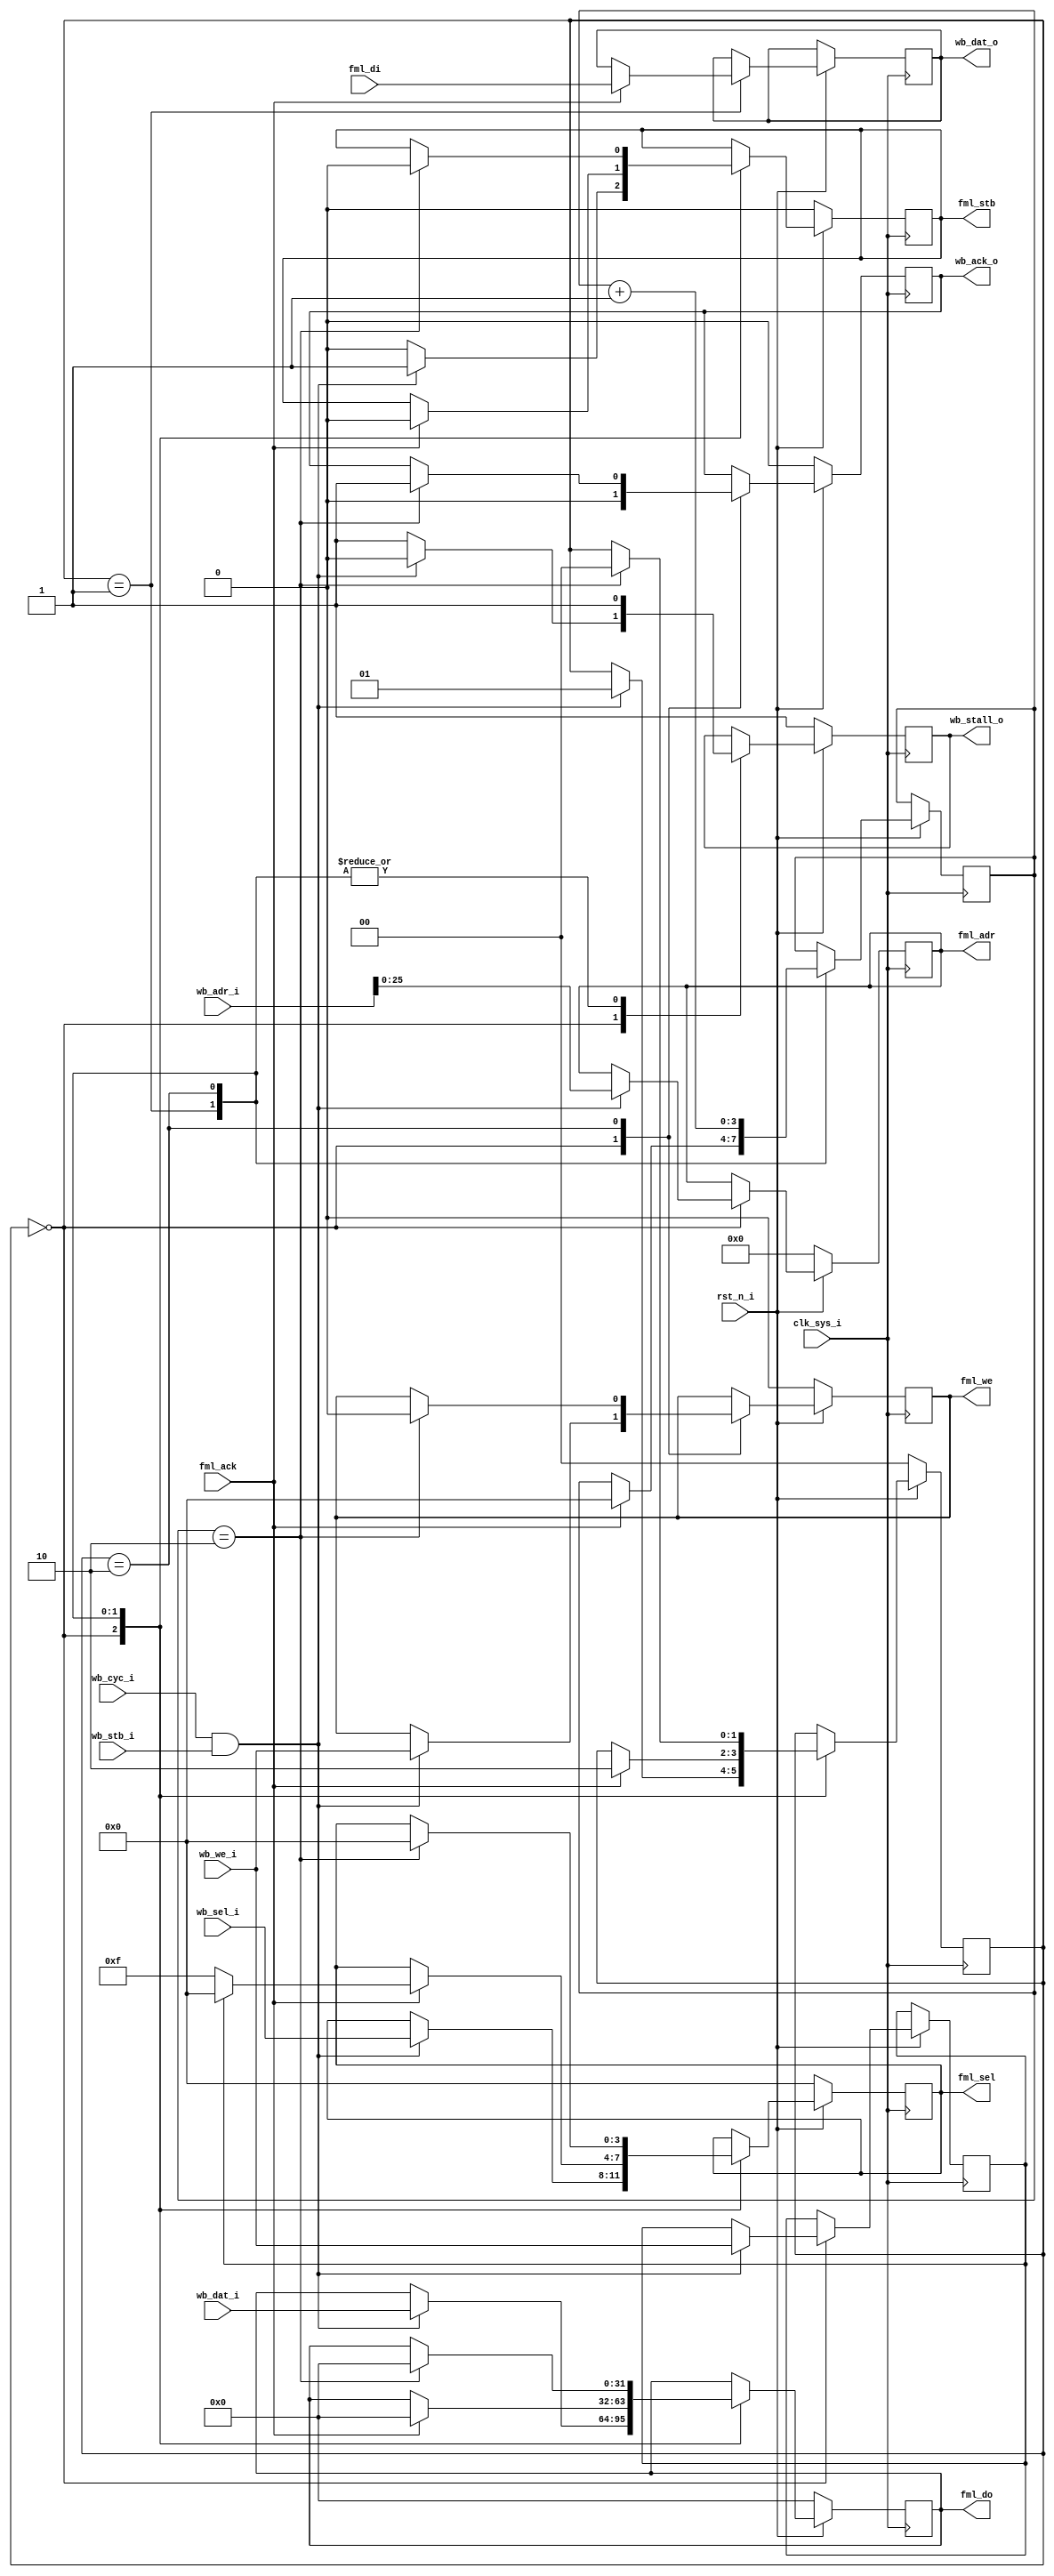
/* 
 * DSI Shield
 * Copyright (C) 2013-2014 twl <twlostow@printf.cc>
 *
 * This program is free software: you can redistribute it and/or modify
 * it under the terms of the GNU General Public License as published by
 * the Free Software Foundation, either version 3 of the License, or 
 * (at your option) any later version.

 * This program is distributed in the hope that it will be useful,
 * but WITHOUT ANY WARRANTY; without even the implied warranty of
 * MERCHANTABILITY or FITNESS FOR A PARTICULAR PURPOSE.  See the
 * GNU General Public License for more details.

 * You should have received a copy of the GNU General Public License
 * along with this program.  If not, see <http://www.gnu.org/licenses/>.
 */

/* fml_wb_bridge.v - FML to Wishbone B.4 bridge (very slow and crappy one) */

`timescale 1ns/1ps

  module fml_wb_bridge 
    #(
    parameter sdram_depth = 26
)
(
 input                        clk_sys_i,
 input                        rst_n_i,
 
 output reg [sdram_depth-1:0] fml_adr,
 output reg                   fml_stb,
 output reg                   fml_we,
 input                        fml_ack,
 output reg [3:0]             fml_sel,
 output reg [31:0]            fml_do,
 input [31:0]                 fml_di,

 input [31:0]                 wb_adr_i,
 input [31:0]                 wb_dat_i,
 input [3:0]                  wb_sel_i,
 input                        wb_cyc_i,
 input                        wb_stb_i,
 input                        wb_we_i,
 output reg                   wb_ack_o,
 output reg                   wb_stall_o,
 output reg [31:0]            wb_dat_o );


   reg                    wb_we_r;
   reg                    wb_ack;
   reg                    is_write;
   reg [1:0]              state;
   
`define ST_IDLE 0
`define ST_REQ 1
`define ST_WAIT 2
   
   reg [3:0]              cnt;
   
   always@(posedge clk_sys_i)
     if(!rst_n_i)
       begin
          wb_stall_o <= 1;
          wb_ack_o <= 0;
          fml_adr <= 0;
          fml_stb <= 0;
          fml_we  <= 0;
          fml_sel <= 0;
          fml_do <= 0;
          state <= `ST_IDLE;
          
          
       end else begin // if (!rst_n_i)
          case(state)
            `ST_IDLE: if(wb_cyc_i && wb_stb_i) begin
               wb_stall_o <= 0;
               wb_ack_o <= 0;
               fml_stb <= 1;
               fml_adr <= wb_adr_i;
               fml_sel <= wb_sel_i;
               fml_we <= wb_we_i;
               is_write <= wb_we_i;
               fml_do <= wb_dat_i;
               state <= `ST_REQ;
               wb_stall_o <= 0;
            end else begin
               wb_stall_o <= 1;
               wb_ack_o <= 0;
               fml_stb <= 0;
            end // else: !if(wb_cyc_i && wb_stb_i)
            
            `ST_REQ:
              begin
                 wb_stall_o <= 1;
                 
               if(fml_ack) 
                 begin
		    fml_do <= 0;
                    fml_sel <= is_write ? 0 : 4'hf;
                    fml_stb <= 0;
                    wb_dat_o <= fml_di;
                    state <= `ST_WAIT;
                    cnt <= 0;
                 end
              end // case: `ST_REQ
            

            `ST_WAIT:
              begin
                 cnt <= cnt + 1;
                 wb_stall_o <= 1;
   
                 if(cnt == 2)
		   
                   begin
                      fml_stb <= 0;
                      fml_we <= 0;
                      wb_ack_o <= 1;
                      state <= `ST_IDLE;
                      fml_sel <= 0;
                      fml_do <= 0;
                   end
              end
          endcase // case (state)
          end // else: !if(!rst_n_i)
   
         
endmodule // fml_wb_bridge